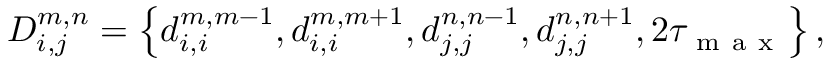
D _ { i , j } ^ { m , n } = \left\{ d _ { i , i } ^ { m , m - 1 } , d _ { i , i } ^ { m , m + 1 } , d _ { j , j } ^ { n , n - 1 } , d _ { j , j } ^ { n , n + 1 } , 2 { \tau _ { \mathrm { ~ m ~ a ~ x ~ } } } \right\} ,